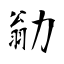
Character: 勜